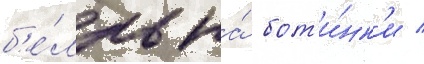
б'е́лль на́ бот'и́нк'и /